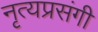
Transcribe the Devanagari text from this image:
नृत्यप्रसंगी